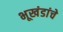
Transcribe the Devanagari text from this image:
भूखंडांचे